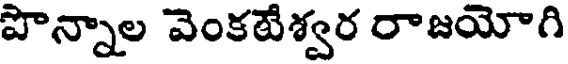
పొన్నాల వెంకటేశ్వర రాజయోగి